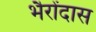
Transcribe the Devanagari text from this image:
भैरोंदास